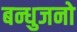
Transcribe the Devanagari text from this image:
बन्धुजनो